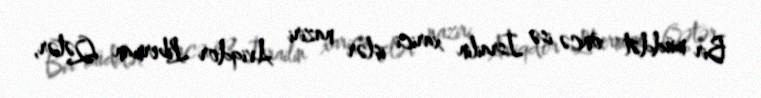
Bir müddət öncə isə İsrailin xarici işlər naziri Aviqdor Liberman Qətər,